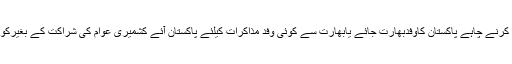
انہوں نے کہاکہ کشمیرکے مسئلے پربات چیت کرنے چاہے پاکستان کاوفدبھارت جائے یابھارت سے کوئی وفد مذاکرات کیلئے پاکستان آئے کشمیری عوام کی شراکت کے بغیرکوئی بھی مذاکرات بے معنی اور ڈھونگ ہونگے۔